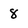
Character: 8